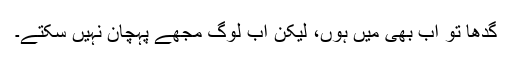
گدھا تو اب بھی میں ہوں، لیکن اب لوگ مجھے پہچان نہیں سکتے۔